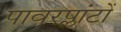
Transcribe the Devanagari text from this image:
पावरप्लांटों